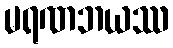
မရဏဘယဿ